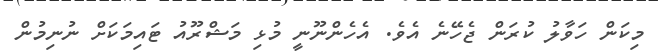
މިކަން ހަވާލު ކުރަން ޖެހޭނެ އެވެ. އެހެންނޫނީ މުޅި މަޝްރޫއު ޓައިމަކަށް ނުނިމުން